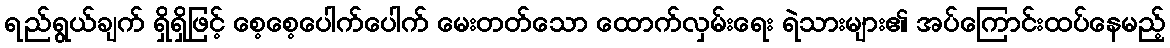
ရည်ရွယ်ချက် ရှိရှိဖြင့် စေ့စေ့ပေါက်ပေါက် မေးတတ်သော ထောက်လှမ်းရေး ရဲသားများ၏ အပ်ကြောင်းထပ်နေမည့်